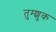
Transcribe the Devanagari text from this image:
तुम्शुक